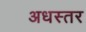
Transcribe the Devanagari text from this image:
अधस्तर